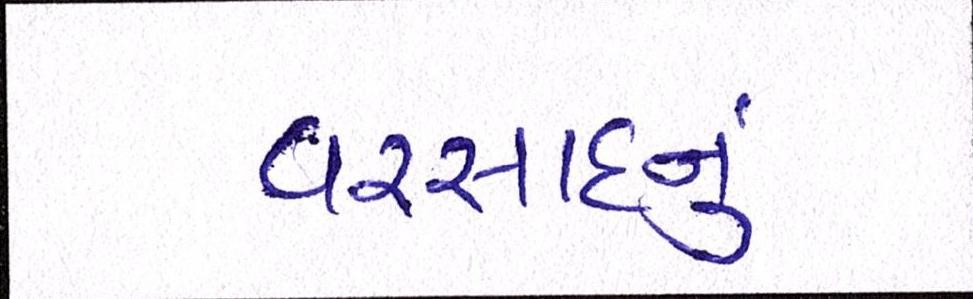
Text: વરસાદનું